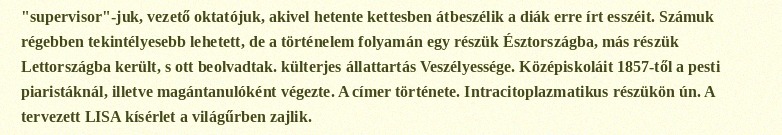
"supervisor"-juk, vezető oktatójuk, akivel hetente kettesben átbeszélik a diák erre írt esszéit. Számuk régebben tekintélyesebb lehetett, de a történelem folyamán egy részük Észtországba, más részük Lettországba került, s ott beolvadtak. külterjes állattartás Veszélyessége. Középiskoláit 1857-től a pesti piaristáknál, illetve magántanulóként végezte. A címer története. Intracitoplazmatikus részükön ún. A tervezett LISA kísérlet a világűrben zajlik.